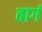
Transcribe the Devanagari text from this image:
बागं